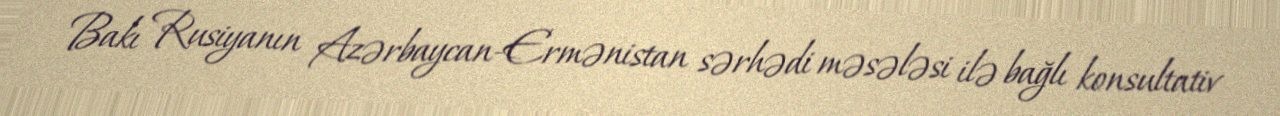
Bakı Rusiyanın Azərbaycan-Ermənistan sərhədi məsələsi ilə bağlı konsultativ